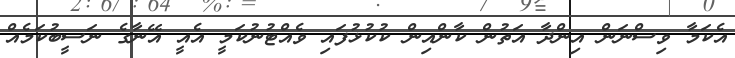
އެކަމާ ވިސްނަން އިންދާ އަތުން ކާންއިން ކުކުޅުފައި ވެއްޓުނުކަމީ އެއީ އޭނާގެ ނަސީބުކަމެއް